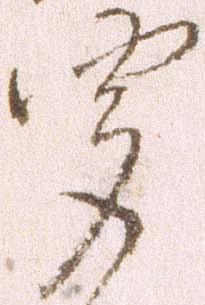
聞